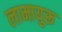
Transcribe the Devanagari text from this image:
लामायुरू